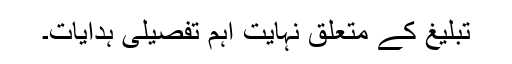
تبلیغ کے متعلق نہایت اہم تفصیلی ہدایات۔